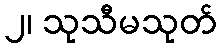
၂၊ သုသီမသုတ်